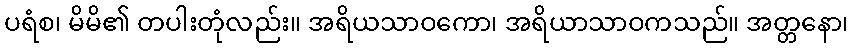
ပရံစ၊ မိမိ၏ တပါးတုံလည်း။ အရိယသာဝကော၊ အရိယာသာဝကသည်။ အတ္တနော၊